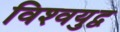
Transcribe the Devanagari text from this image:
विश्‍वयुद्व